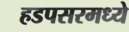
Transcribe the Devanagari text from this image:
हडपसरमध्ये